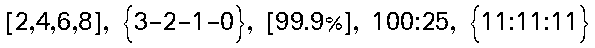
[2,4,6,8], {3-2-1-0}, [99.9%], 100:25, {11:11:11}